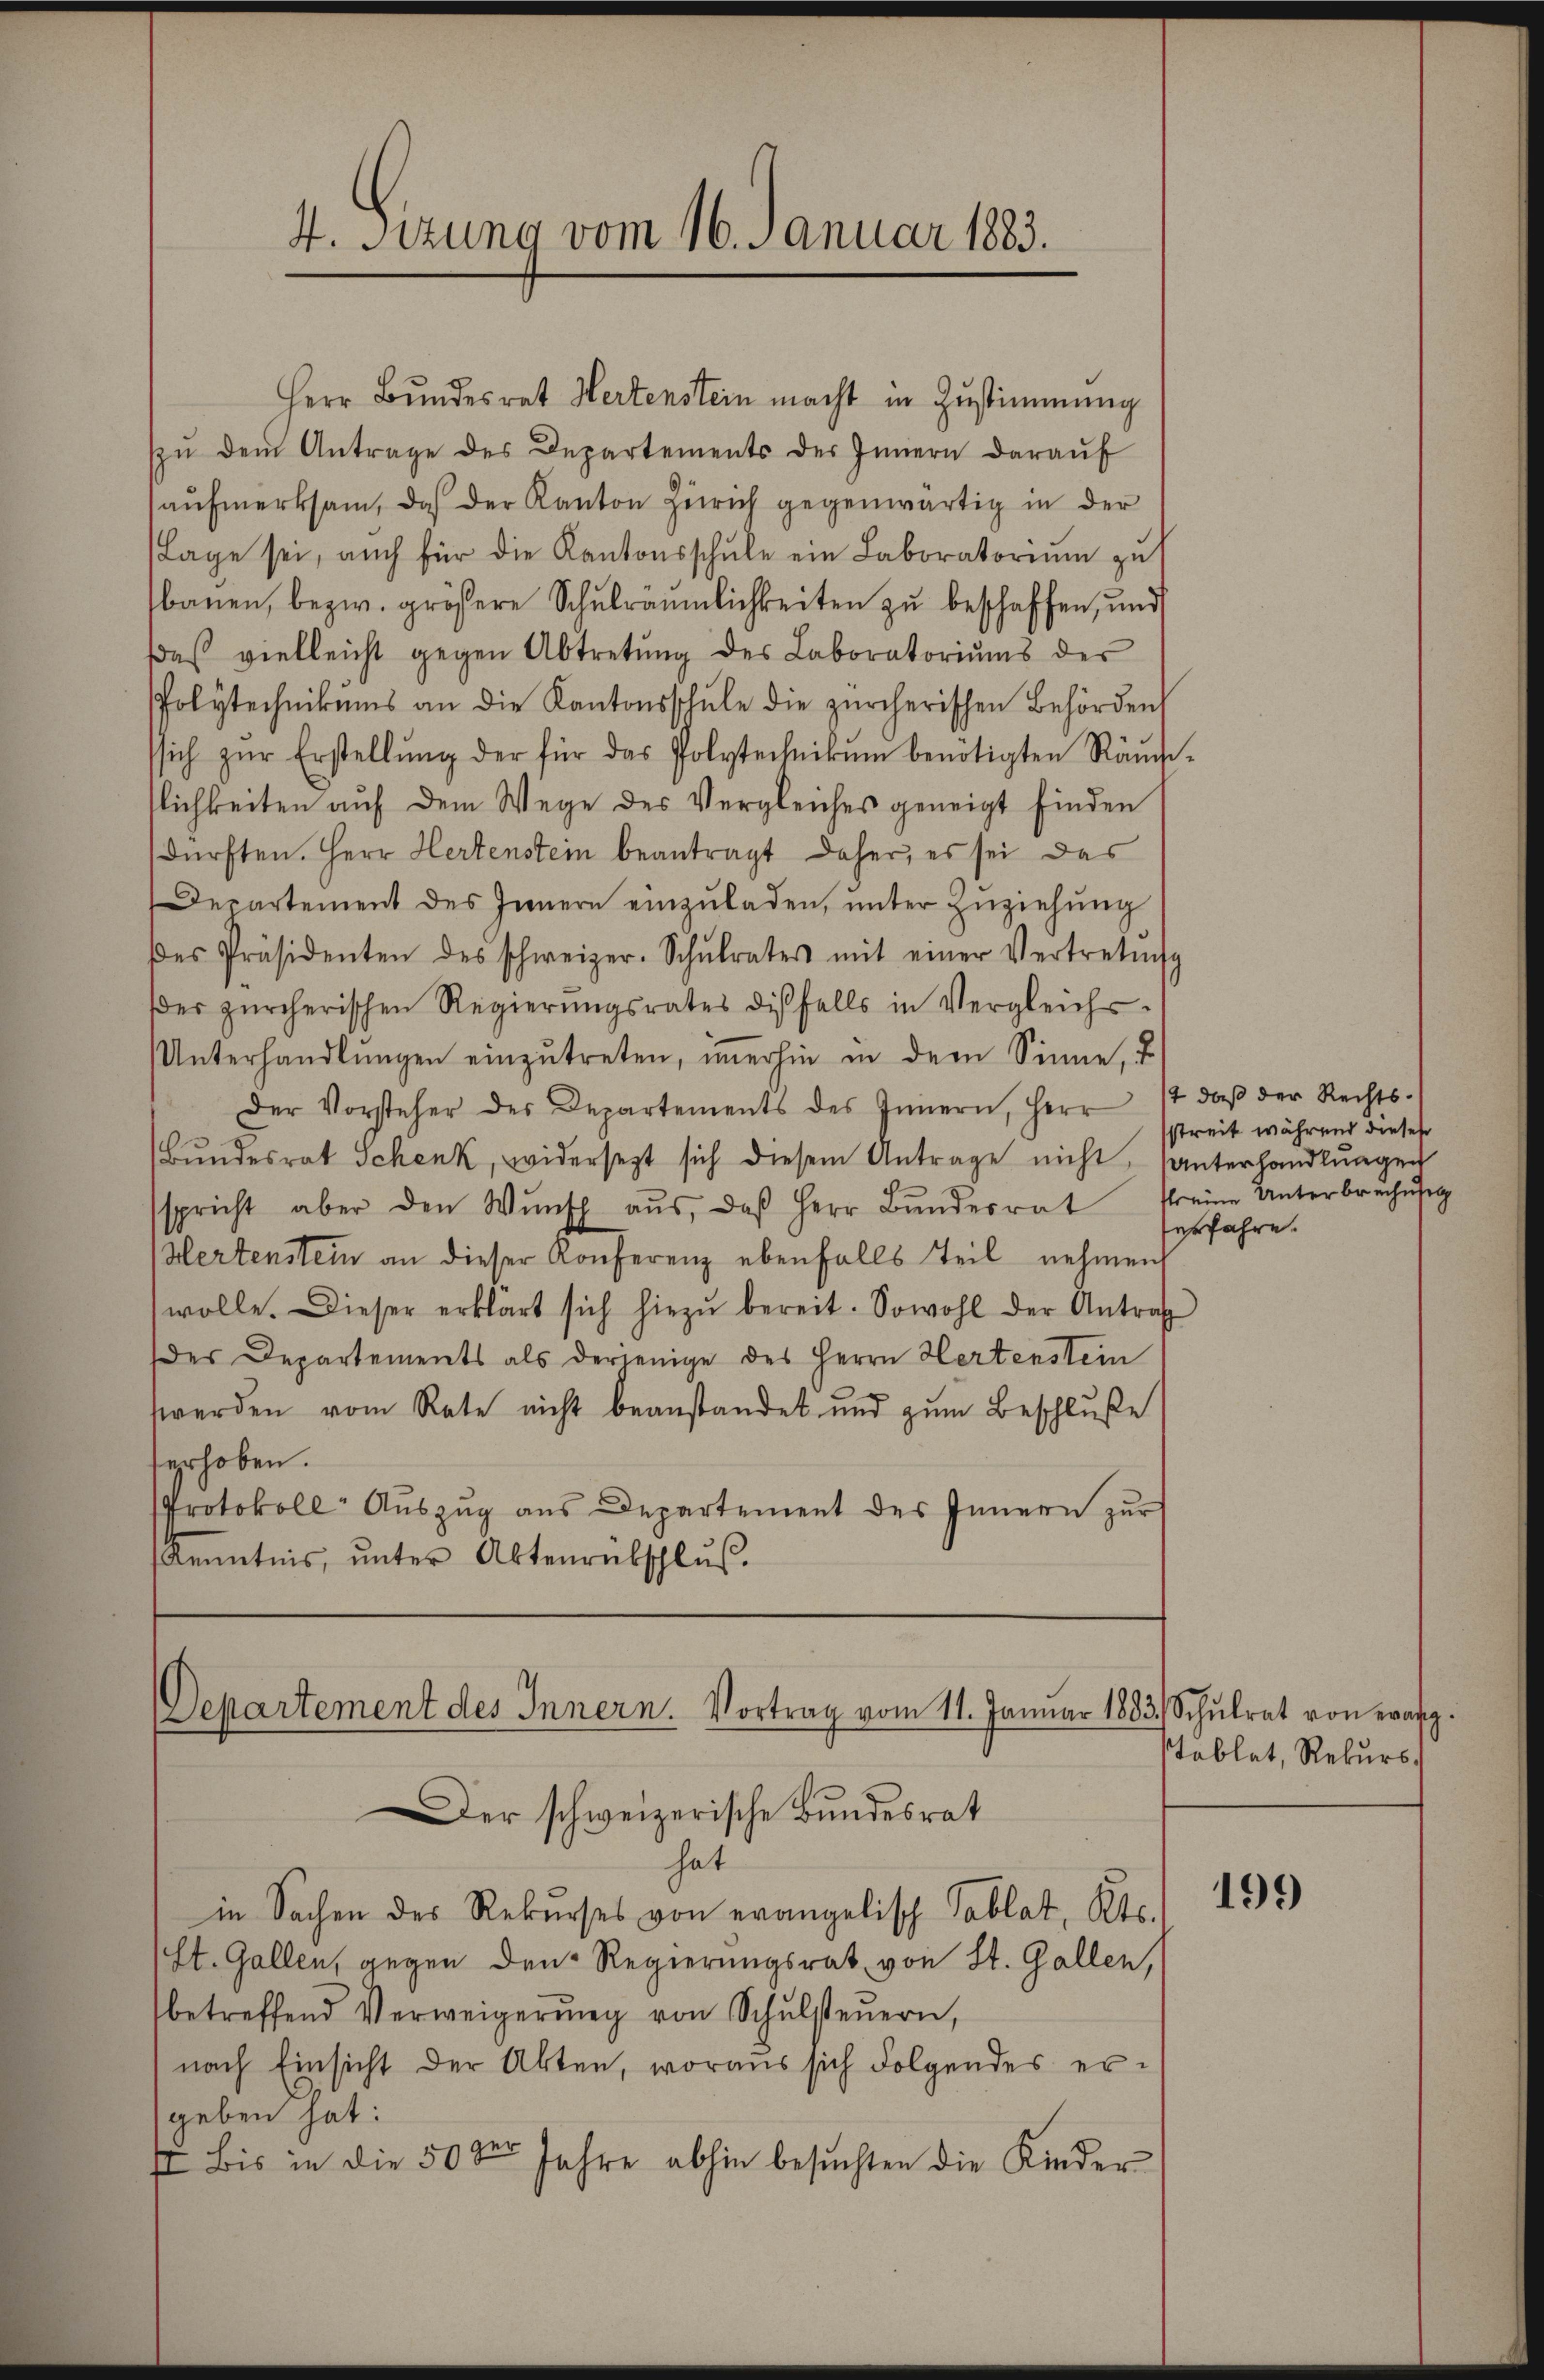
4. Sitzung vom 16. Januar 1883.

Herr Bundesrat Hertenstein macht in Zustimmung
zŭ dem Antrage des Departements der Innern daraŭf
aŭfmerksam, daß der Kanton Zürich gegenwärtig in der
Lage sei, auch für die Kantonsschŭle ein Laboratorium zu
bauen, bezw. größere Schŭlräŭmlichkeiten zu beschaffen, und
das vielleicht gegen Abtretŭng des Laboratoriŭms der
Polytechnikums an die Kantonsschŭle die zürcherischen Behörden
ssich zŭr Erstellŭng der für das Polytechnikŭm benötigten Räŭche-
tlichkeiten auf dem Wege des Vergleiches geneigt finden
dürften. Herr Hertenstein beantragt daher, es sei das
Departement des Innern einzŭladen, ŭnter Zŭziehŭng
des Präsidenten des schweizer. Schŭlrates mit einer Vertretung
er zürcherischen Regierŭngsrates disfalls in Vergleichs-
Unterhandlŭngen einzŭtreten, iṁerhin in dem Sinne, u
Der Vorsteher des Departements des Innern, Herr 17 daβ der Rechts-
Bŭndesrat Schenk, widersezt sich diesem Antrage nicht, unterhandlungen
spricht aber den Wŭnsch aŭs, daβ Herr Bŭndesrat freie Unterbrechŭsig
Hertenstein an dieser Konferenz ebenfalls Teil nehmen
wolle. Dieser erklärt sich hiezŭ bereit. Sowohl der Antrag
der Departements als derjenige des Herrn Hertenstein
werden vom Rate nicht beanstandet und zŭm Beschluße
erhoben.
Protokoll- Auszug aus Departement des Innern zur
Kenntnis, ŭnter Aktenrütschlŭβ.

DDepartement des Innern. Vortrag vom 11. Januar 1883 Schŭlrat von evang.
Der schweizerische Bundesrat
hat

in Sachen des Rekurses von evangelisch Tablat, Kts.
(St. Gallen, gegen den Regierungsrat von St. Gallen,
betreffend Verweigerŭng von Schŭlsteŭern,
nach Einsicht der Akten, woraus sich Folgendes ergeben hat:
Er bis in die 50 Jahre abhin besuchten die Kinder

streit während dieses
erfahre.

stablat, Rekurs.

199